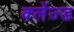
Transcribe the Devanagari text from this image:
क्लेंज्ड